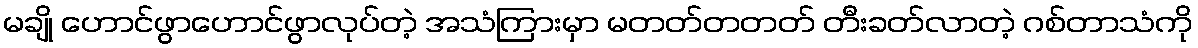
မချို ဟောင်ဖွာဟောင်ဖွာလုပ်တဲ့ အသံကြားမှာ မတတ်တတတ် တီးခတ်လာတဲ့ ဂစ်တာသံကို